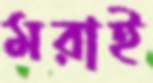
মরাই